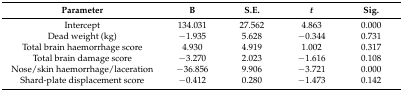
| Parameter | B | S.E. | t | Sig. |
 | --- | --- | --- | --- | --- |
 | Intercept | 134.031 | 27.562 | 4.863 | 0.000 |
 | Dead weight (kg) | −1.935 | 5.628 | −0.344 | 0.731 |
 | Total brain haemorrhage score | 4.930 | 4.919 | 1.002 | 0.317 |
 | Total brain damage score | −3.270 | 2.023 | −1.616 | 0.108 |
 | Nose/skin haemorrhage/laceration | −36.856 | 9.906 | −3.721 | 0.000 |
 | Shard-plate displacement score | −0.412 | 0.280 | −1.473 | 0.142 |